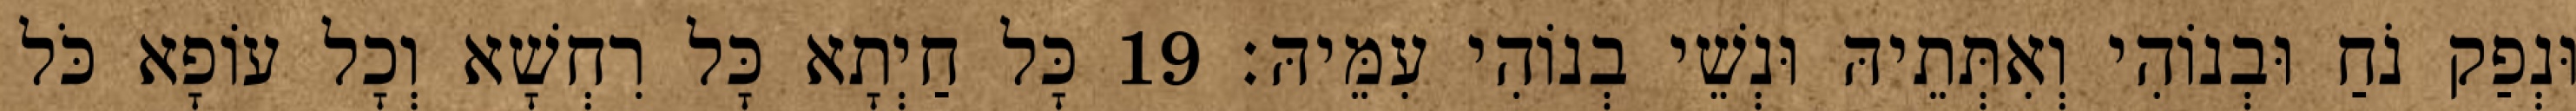
וּנְפַק נֹחַ וּבְנוֹהִי וְאִתְּתֵיהּ וּנְשֵׁי בְנוֹהִי עִמֵּיהּ׃ 19 כָּל חַיְתָא כָּל רִחְשָׁא וְכָל עוֹפָא כֹּל